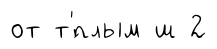
от т'́плым ш 2